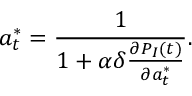
a _ { t } ^ { * } = \frac { 1 } { 1 + \alpha \delta \frac { \partial P _ { I } ( t ) } { \partial a _ { t } ^ { * } } } .